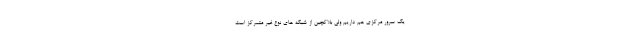
یک سرور مرکزی هم داریم ولی بلاکچین از شبکه های نوع غیر متمرکز است